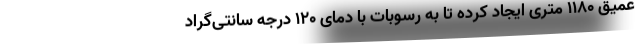
عمیق ۱۱۸۰ متری ایجاد کرده تا به رسوبات با دمای ۱۲۰ درجه سانتی‌گراد